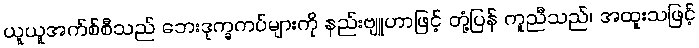
ယူယူအက်စ်စီသည် ဘေးဒုက္ခကပ်များကို နည်းဗျူဟာဖြင့် တုံ့ပြန် ကူညီသည်၊ အထူးသဖြင့်